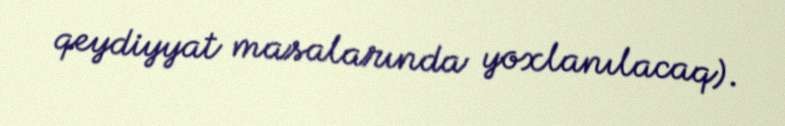
qeydiyyat masalarında yoxlanılacaq).